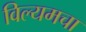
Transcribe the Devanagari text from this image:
विल्यमचा